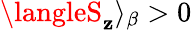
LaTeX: \langleS_{\mathbf{z}}\rangle_{\beta}>0